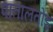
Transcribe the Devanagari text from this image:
पातालतोड़